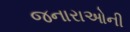
જનારાઓની